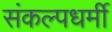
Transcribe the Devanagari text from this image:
संकल्पधर्मी